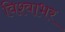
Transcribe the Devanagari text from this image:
विश्वाभर